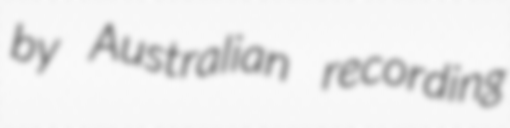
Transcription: by Australian recording